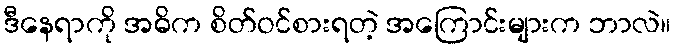
ဒီနေရာကို အဓိက စိတ်ဝင်စားရတဲ့ အကြောင်းများက ဘာလဲ။